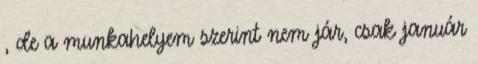
, de a munkahelyem szerint nem jár, csak január